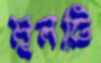
মূলটি